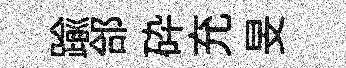
踰郃砕充旻